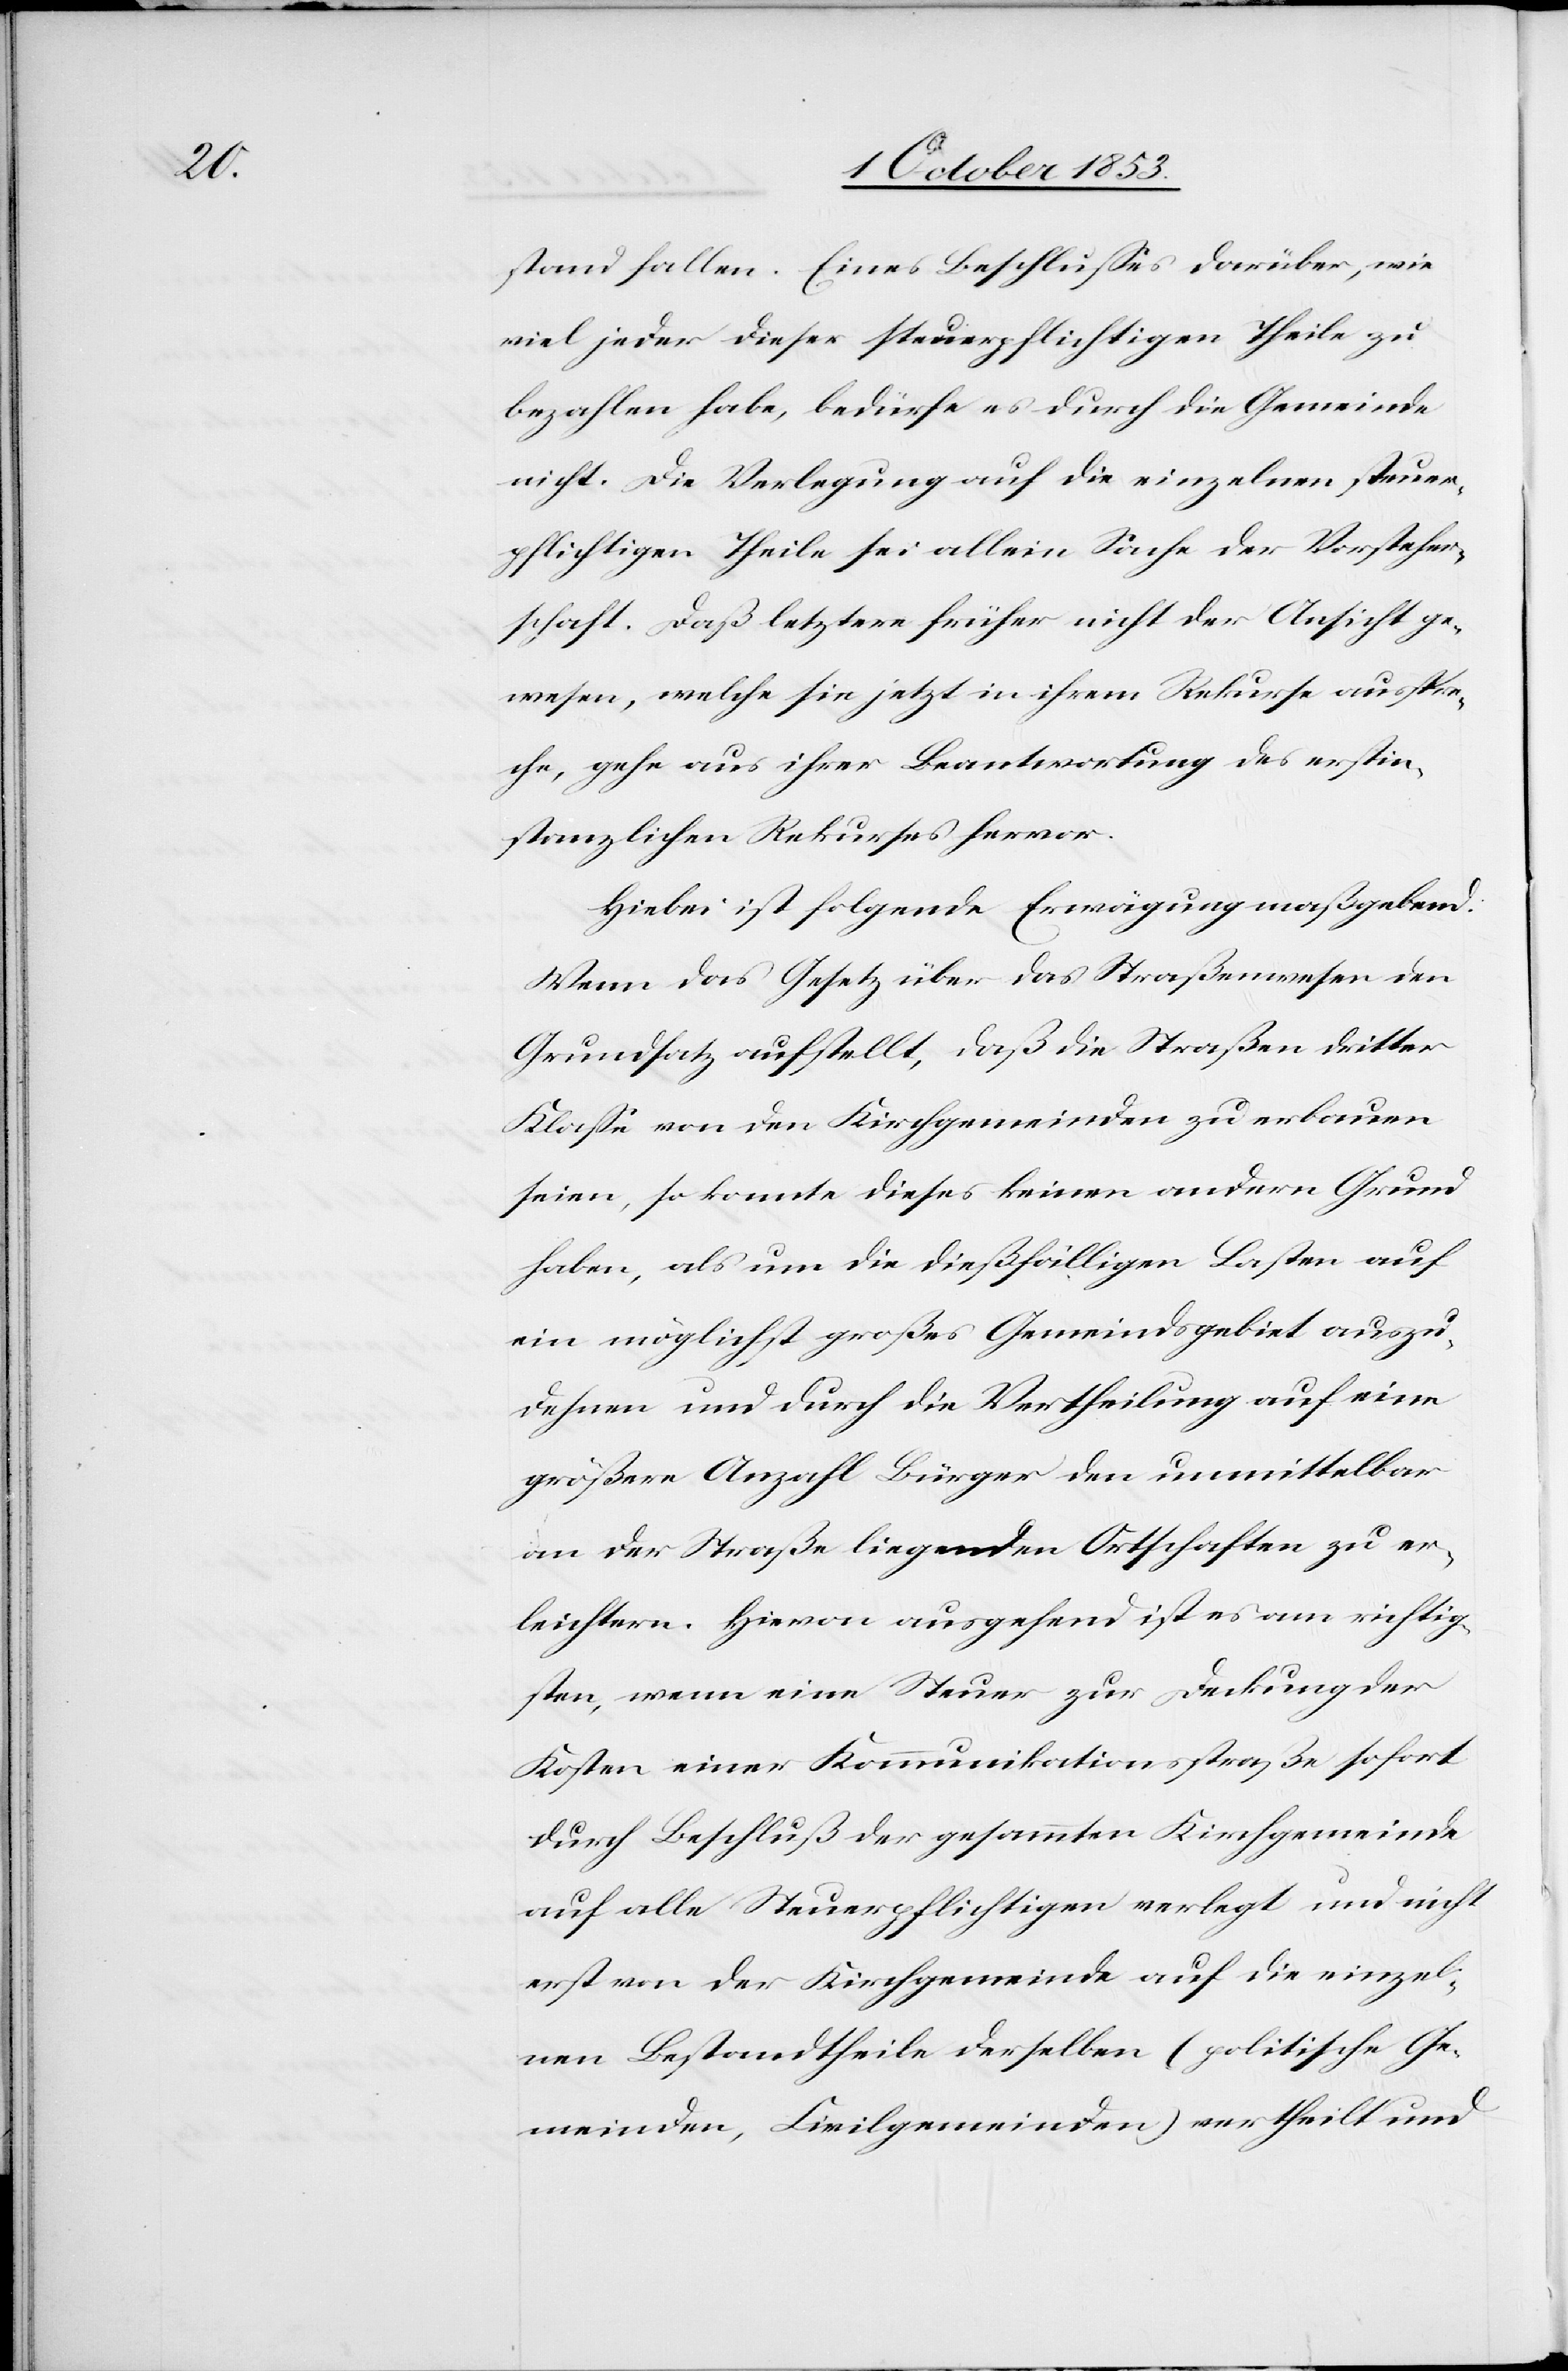
stand fallen. Eines Beschlußes darüber, wie
viel jeder dieser steuerpflichtigen Theile zu
bezahlen habe, bedürfe es durch die Gemeinde
nicht. Die Verlegung auf die einzelnen steuer¬
pflichtigen Theile sei allein Sache der Vorsteher¬
schaft. Daß letztere früher nicht der Ansicht ge¬
wesen, welche sie jetzt in ihrem Rekurse ausspre¬
che, gehe aus ihrer Beantwortung des erstin¬
stanzlichen Rekurses hervor.
Hiebei ist folgende Erwägung maßgebend:
Wenn das Gesuch über das Straßenwesen den
Grundsatz aufstellt, daß die Straßen dritter
Klaße von den Kirchgemeinden zu erbauen
seien, so konnte dieses keinen andern Grund
haben, als um die dießfälligen Lasten auf
ein möglichst großes Gemeindsgebiet auszu¬
dehnen und durch die Vertheilung auf eine
größere Anzahl Bürger den unmittelbar
an der Straße liegenden Ortschaften zu er¬
leichtern. Hievon ausgehend ist es am richtig¬
sten, wenn eine Steuer zur Deckung der
Kosten einer Kommunikationsstraße sofort
durch Beschluß der gesammten Kirchgemeinde
auf alle Steuerpflichtigen verlegt und nicht
erst von der Kirchgemeinde auf die einzel¬
nen Bestandtheile derselben (politische Ge¬
meinden, Civilgemeinden) vertheilt und